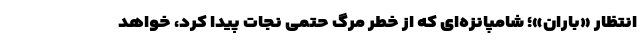
انتظار «باران»؛ شامپانزه‌ای که از خطر مرگ حتمی نجات ‌پیدا کرد، خواهد